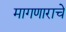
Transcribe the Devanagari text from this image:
मागणाराचे